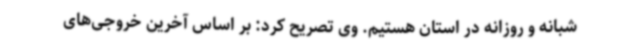
شبانه و روزانه در استان هستیم. وی تصریح کرد: بر اساس آخرین خروجی‌های